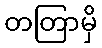
တတြာမှိ